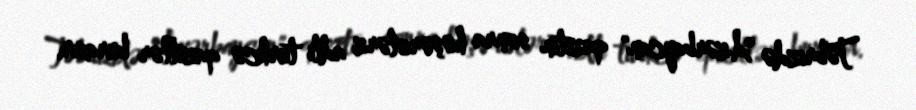
Təbrizdə "Azərbaycan" qazetin sonra həşərolərz adli turkcə qazetlər buraxır.